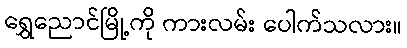
ရွှေညောင်မြို့ကို ကားလမ်း ပေါက်သလား။